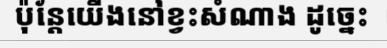
ប៉ុន្តែយើងនៅខ្វះសំណាង ដូច្នេះ